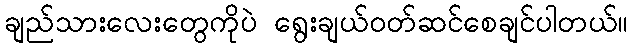
ချည်သားလေးတွေကိုပဲ ရွေးချယ်ဝတ်ဆင်စေချင်ပါတယ်။